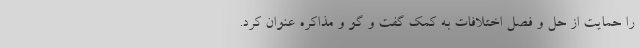
را حمایت از حل و فصل اختلافات به کمک گفت و گو و مذاکره عنوان کرد.